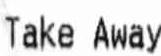
TAKE AWAY